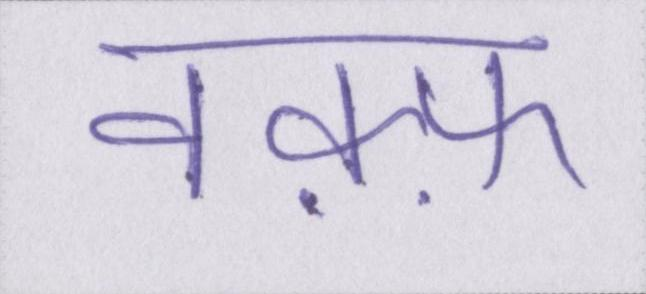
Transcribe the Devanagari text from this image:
वक़्फ़